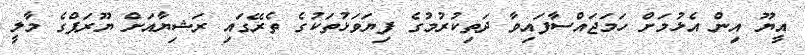
އީޔޫ އިން އެޅުމަށް ހަމަޖައްސާފައިވާ ދަތިކުރުމުގެ ފިޔަވަޅުތަކުގެ ތެރޭގައި ރަޝިޔާއަށް ޔޫރަޕްގެ މާލީ